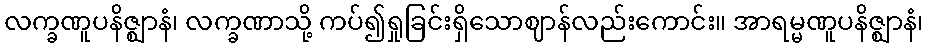
လက္ခဏူပနိဇ္ဈာနံ၊ လက္ခဏာသို့ ကပ်၍ရှုခြင်းရှိသောဈာန်လည်းကောင်း။ အာရမ္မဏူပနိဇ္ဈာနံ၊